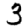
Digit: 3